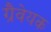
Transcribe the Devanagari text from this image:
ग्रैवेयक